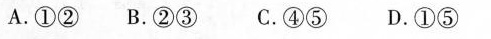
A.①②B.②③C.④⑤D.①⑤